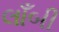
લાઁબી